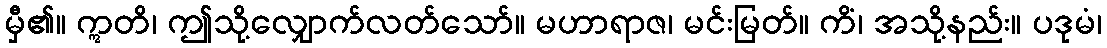
မှီ၏။ ဣတိ၊ ဤသို့လျှောက်လတ်သော်။ မဟာရာဇ၊ မင်းမြတ်။ ကိံ၊ အသို့နည်း။ ပဒုမံ၊